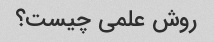
روش علمی چیست؟